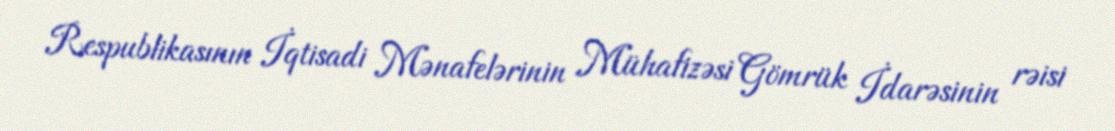
Respublikasının İqtisadi Mənafelərinin Mühafizəsi Gömrük İdarəsinin rəisi